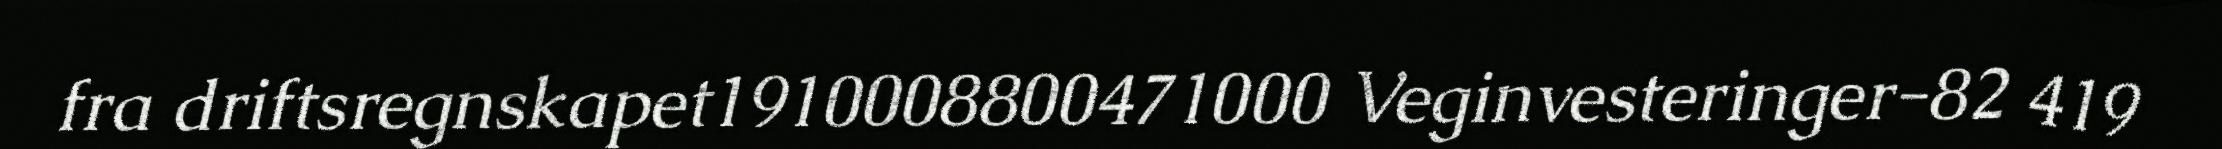
fra driftsregnskapet1910008800471000 Veginvesteringer-82 419